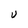
Character: U